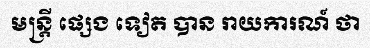
មន្ត្រី ផ្សេង ទៀត បាន រាយការណ៍ ថា